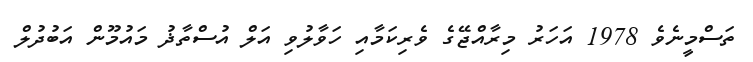
ތަސްމީނެވެ 1978 އަހަރު މިރާއްޖޭގެ ވެރިކަމާއި ހަވާލުވި އަލް އުސްތާޛު މައުމޫން އަބުދުލް